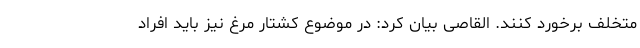
متخلف برخورد کنند. القاصی بیان کرد: در موضوع کشتار مرغ نیز باید افراد